Vana-Kasaritsa_(Kasaritsa)_vallavalitsus, lk 28
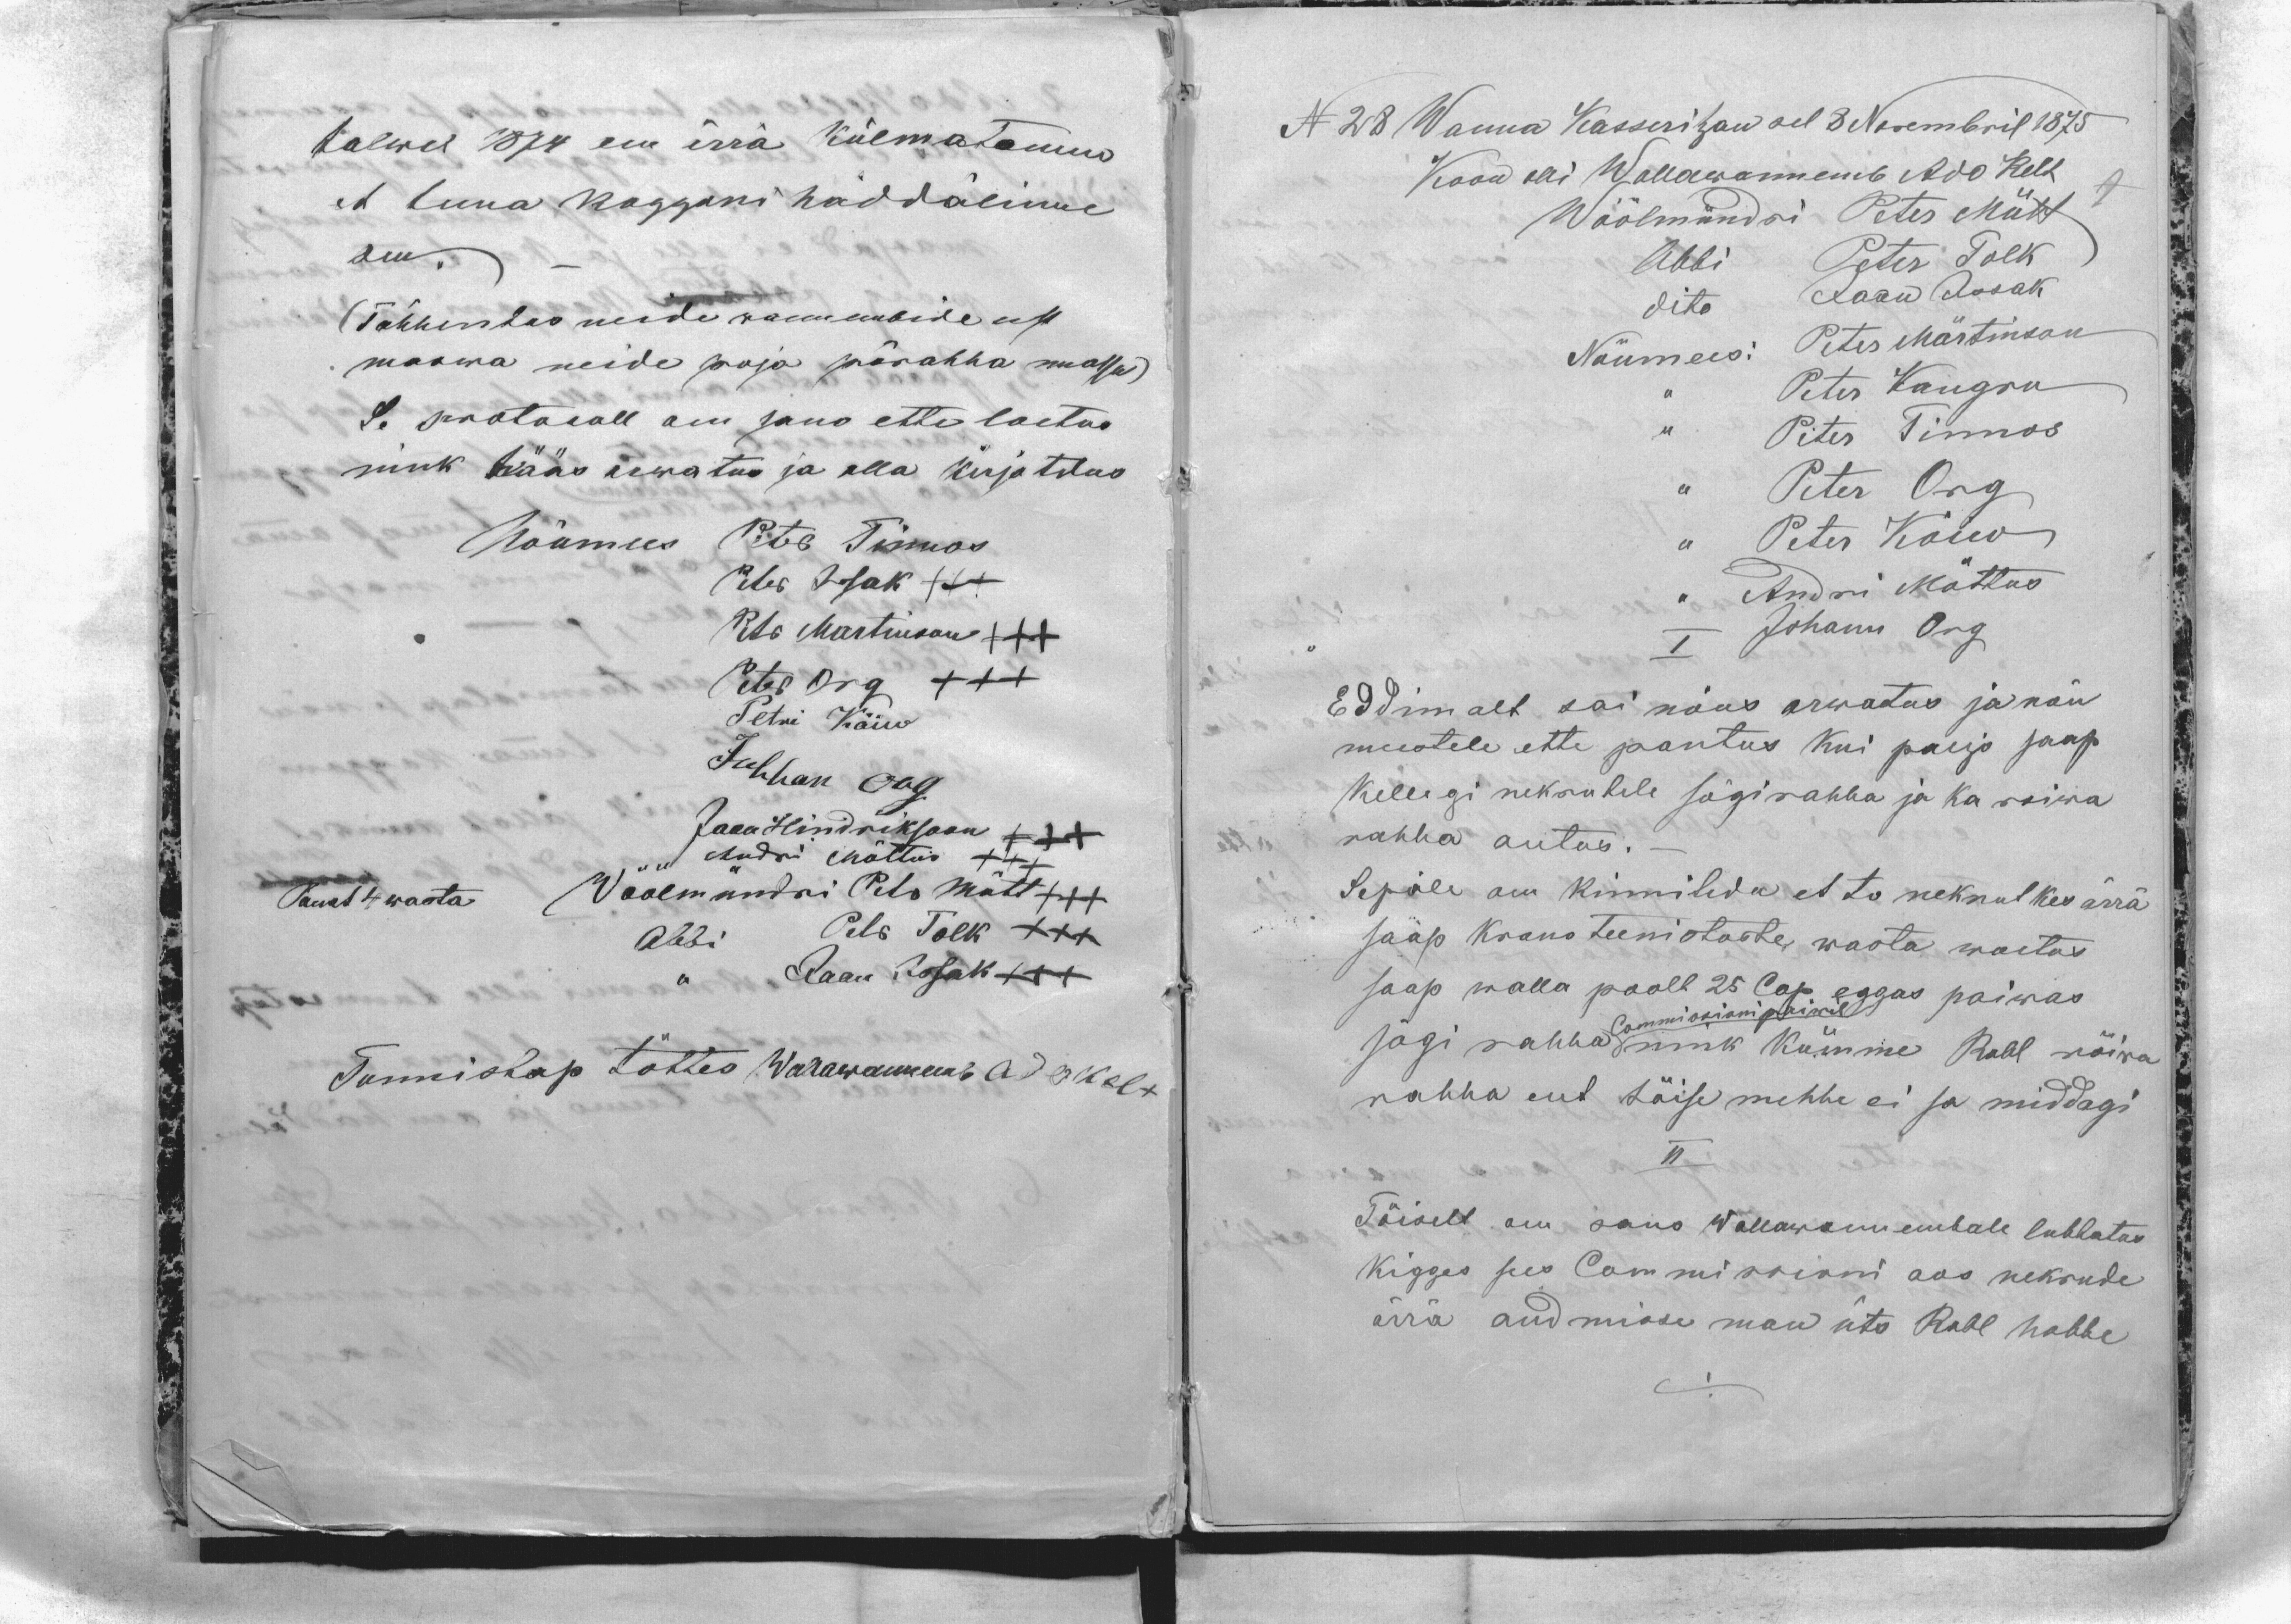
talwel 1874 om ärrä külmatannu
et tema koggoni hädälinne
om.
(Tähhendas neide wannembide eest
maswa neide poja pärahha massu)
Se protocoll om sano ette loetus
nink hääs arwatus ja alla kirjotdus
Nõumees Peter Tinnos
Peter Issak XXX
Petr Martinson XXX
Peter Org XXX
Petri Kõiw
Juhhan Org
Jaan Hindriksoon XXX
Andri Mõttus XXX
Pauet 4 wasta
Wöölmündri Petr Mütt XXX
Abbi Petr Tolk XXX
,, Jaan Issak XXX
Tunnistap tõttes Wallawannemb Ado Kelt

N 28 Wanna Kasseritzan sel 8 Novembril 1875
Koon olli Wallawannemb Ado Kelt
Wöölmündri Peter Mütt
Abbi Peter Tolk
dito Jaan Issak
Nõumees: Peter Märtinson
,, Peter Kangru
,, Peter Tinnos
,, Peter Org
,, Peter Kõiw
,, Andri Mõttus
I
Johann Org
Eddimalt sai nõus arwatus ja nõu
meestele ette pantus kui paljo saap
kellegi nekrutele sögirahha ja ka roiwa
rahha antus. -
Sepäle om kinnitedu et to nekrut kes ärrä
saap krono teenistoste wasta woetus
saap walla poolt 25 Cop. eggas paiwas
Commissioni paiwel
sögi rahha nink kümme Rubl rõiwa
rahha ent täise mehhe ei sa middagi
II
Tõiselt om sano Wallawannembale lubbatas
kigges sees Commissioni aos nekrude
ärrä andmisse man üts Rubl hobbe